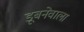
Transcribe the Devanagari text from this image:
डूबनेवाला